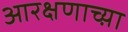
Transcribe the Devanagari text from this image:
आरक्षणाच्य़ा